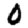
Digit: 0